Report on the working of the mental hospitals for Indians in Bihar and Orissa - 1925-1929
Year: 1925
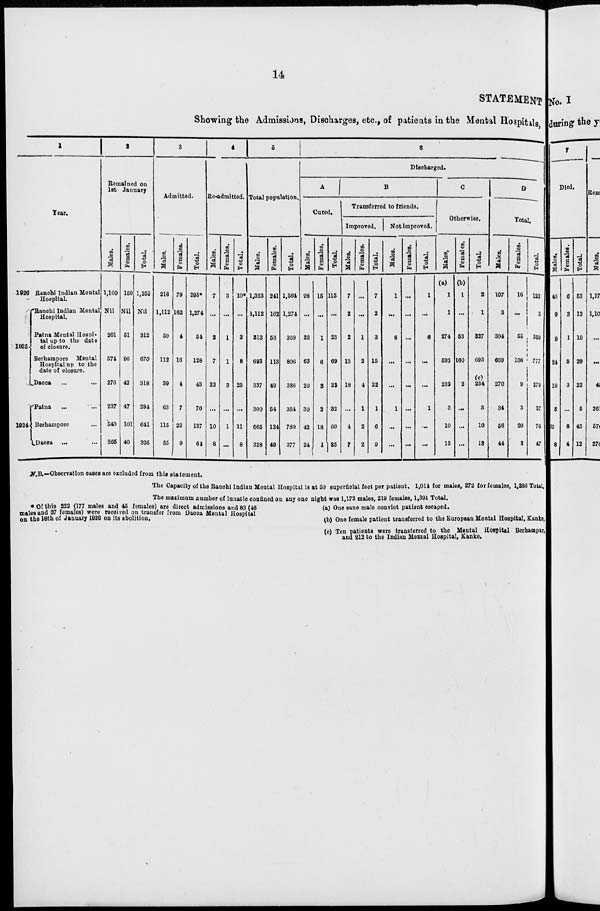
14
STATEMENT
Showing the Admissions, Discharges, etc., of patients in the Mental Hospitals,
1
Year.
1926 Ranchi Indian Mental
Hospital.
1925
1924
Ranchi Indian Mental
Hospital.
Patna Mental Hospi-
tal up to the date
of closure.
Berhampore Mental
Hospital up to the
date of closure.
Dacca ... ...
Patna
...
...
Berhampore ...
Dacca ... ...
2
Remained on
1st January.
Males.
1,100
Nil
261
574
276
237
540
265
Females.
159
Nil
51
96
42
47
101
40
Total.
1,259
Nil
312
670
318
284
641
305
3
Admitted.
Males.
216
1,112
50
112
39
63
115
55
Females.
79
162
4
16
4
7
22
9
Total.
295*
1,274
54
128
43
70
137
64
4
Re-admitted.
Males.
7
...
2
7
22
...
10
8
Females.
3
...
1
1
3
...
1
...
Total.
10*
...
3
8
25
...
11
8
5
Total population.
Males.
1,323
1,112
313
693
337
300
665
328
Females.
241
162
56
113
49
54
124
49
Total.
1,564
1,274
369
806
386
354
789
377
6
Discharged.
A
Cured.
Males.
98
...
22
63
20
30
42
24
Females.
15
...
1
6
3
2
18
1
Total.
113
...
23
69
23
32
60
25
B
Transferred to friends.
Improved.
Males.
7
2
2
13
18
...
4
7
Females.
...
...
1
2
4
1
2
2
Total.
7
2
3
15
22
1
6
9
Not improved.
Males.
1
...
6
...
...
1
...
...
Females.
...
...
...
...
...
...
...
...
Total.
1
...
6
...
...
1
...
...
C
Otherwise.
Males.
(a)
1
1
274
593
232
3
10
13
Females.
(b)
1
...
53
100
2
...
...
...
Total.
2
1
327
693
(c)
234
3
10
13
D
Total.
Males.
107
3
304
669
270
34
56
44
Females.
16
...
55
108
9
3
20
3
Total.
123
3
359
777
279
37
76
47
N.B.—Observation cases are excluded from this statement.
The Capacity of the Ranchi Indian Mental Hospital is at 50 superficial feet per patient, 1,014 for males, 272 for females, 1,286 Total.
The maximum number of lunatic confined on any one night was 1,172 males, 219 females, 1,391 Total.
* Of this 222 (177 males and 45 females) are direct admissions and 83 (46
males and 37 females) were received on transfer from Dacca Mental Hospital
on the 18th of January 1926 on its abolition.
(a) One sane male convict patient escaped.
(b) One female patient transferred to the European Mental Hospital, Kanke.
(c) Ten patients were transferred to the Mental Hospital Berhampur,
and 212 to the Indian Mental Hospital, Kanke.